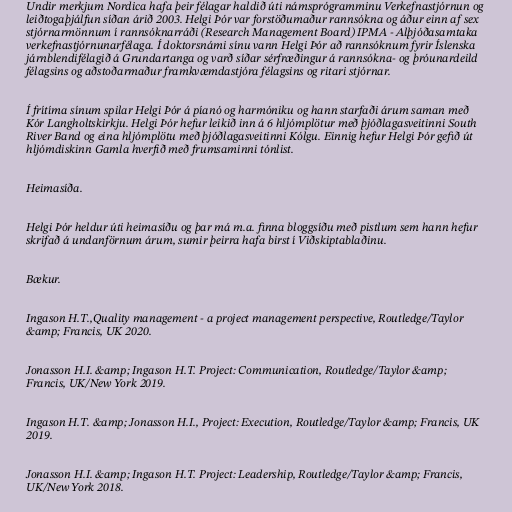
Undir merkjum Nordica hafa þeir félagar haldið úti námsprógramminu Verkefnastjórnun og
leiðtogaþjálfun síðan árið 2003. Helgi Þór var forstöðumaður rannsókna og áður einn af sex
stjórnarmönnum í rannsóknarráði (Research Management Board) IPMA - Alþjóðasamtaka
verkefnastjórnunarfélaga. Í doktorsnámi sínu vann Helgi Þór að rannsóknum fyrir Íslenska
járnblendifélagið á Grundartanga og varð síðar sérfræðingur á rannsókna- og þróunardeild
félagsins og aðstoðarmaður framkvæmdastjóra félagsins og ritari stjórnar.

Í frítíma sínum spilar Helgi Þór á píanó og harmóniku og hann starfaði árum saman með
Kór Langholtskirkju. Helgi Þór hefur leikið inn á 6 hljómplötur með þjóðlagasveitinni South
River Band og eina hljómplötu með þjóðlagasveitinni Kólgu. Einnig hefur Helgi Þór gefið út
hljómdiskinn Gamla hverfið með frumsaminni tónlist.

Heimasíða.

Helgi Þór heldur úti heimasíðu og þar má m.a. finna bloggsíðu með pistlum sem hann hefur
skrifað á undanförnum árum, sumir þeirra hafa birst í Viðskiptablaðinu.

Bækur.

Ingason H.T.,Quality management - a project management perspective, Routledge/Taylor
&amp; Francis, UK 2020.

Jonasson H.I. &amp; Ingason H.T. Project: Communication, Routledge/Taylor &amp;
Francis, UK/New York 2019.

Ingason H.T. &amp; Jonasson H.I., Project: Execution, Routledge/Taylor &amp; Francis, UK
2019.

Jonasson H.I. &amp; Ingason H.T. Project: Leadership, Routledge/Taylor &amp; Francis,
UK/New York 2018.